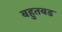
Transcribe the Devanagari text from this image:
बहुतबड